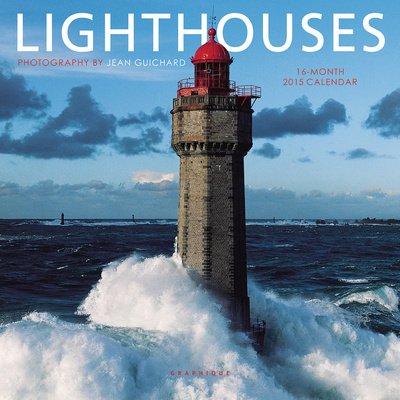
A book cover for Lighthouses 2015 Calendar; Calendars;